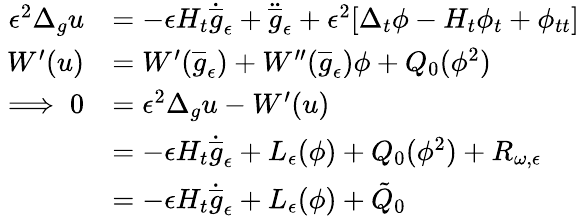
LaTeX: \begin{array}{rl}{\epsilon^{2}\Delta_{g}u}&{=-\epsilon H_{t}\dot{\overline{{g}}}_{\epsilon}+\ddot{\overline{{g}}}_{\epsilon}+\epsilon^{2}[\Delta_{t}\phi-H_{t}\phi_{t}+\phi_{tt}]}\\ {W^{\prime}(u)}&{=W^{\prime}(\overline{{g}}_{\epsilon})+W^{\prime\prime}(\overline{{g}}_{\epsilon})\phi+Q_{0}(\phi^{2})}\\ {\implies 0}&{=\epsilon^{2}\Delta_{g}u-W^{\prime}(u)}\\ &{=-\epsilon H_{t}\dot{\overline{{g}}}_{\epsilon}+L_{\epsilon}(\phi)+Q_{0}(\phi^{2})+R_{\omega,\epsilon}}\\ &{=-\epsilon H_{t}\dot{\overline{{g}}}_{\epsilon}+L_{\epsilon}(\phi)+\tilde{Q}_{0}}\end{array}